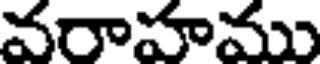
వరాహము